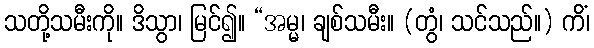
သတို့သမီးကို။ ဒိသွာ၊ မြင်၍။ “အမ္မ၊ ချစ်သမီး။ (တွံ၊ သင်သည်။) ကိံ၊